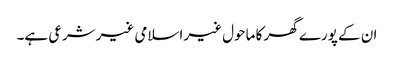
ان کے پورے گھر کا ماحول غیر اسلامی غیرشرعی ہے۔